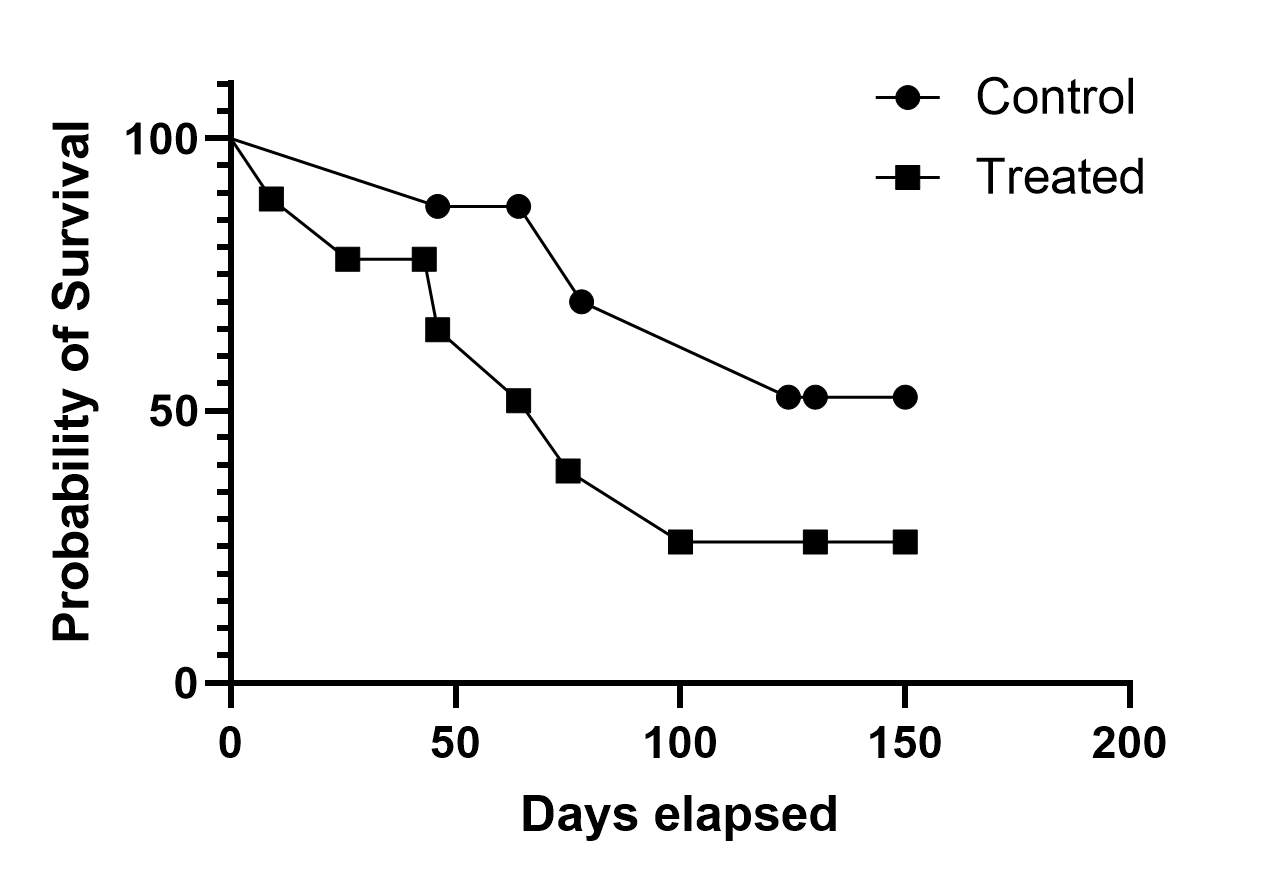
graphpad, survival, two groups, point to point